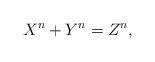
LaTeX: \begin{align*}X^n+Y^n=Z^n,\end{align*}